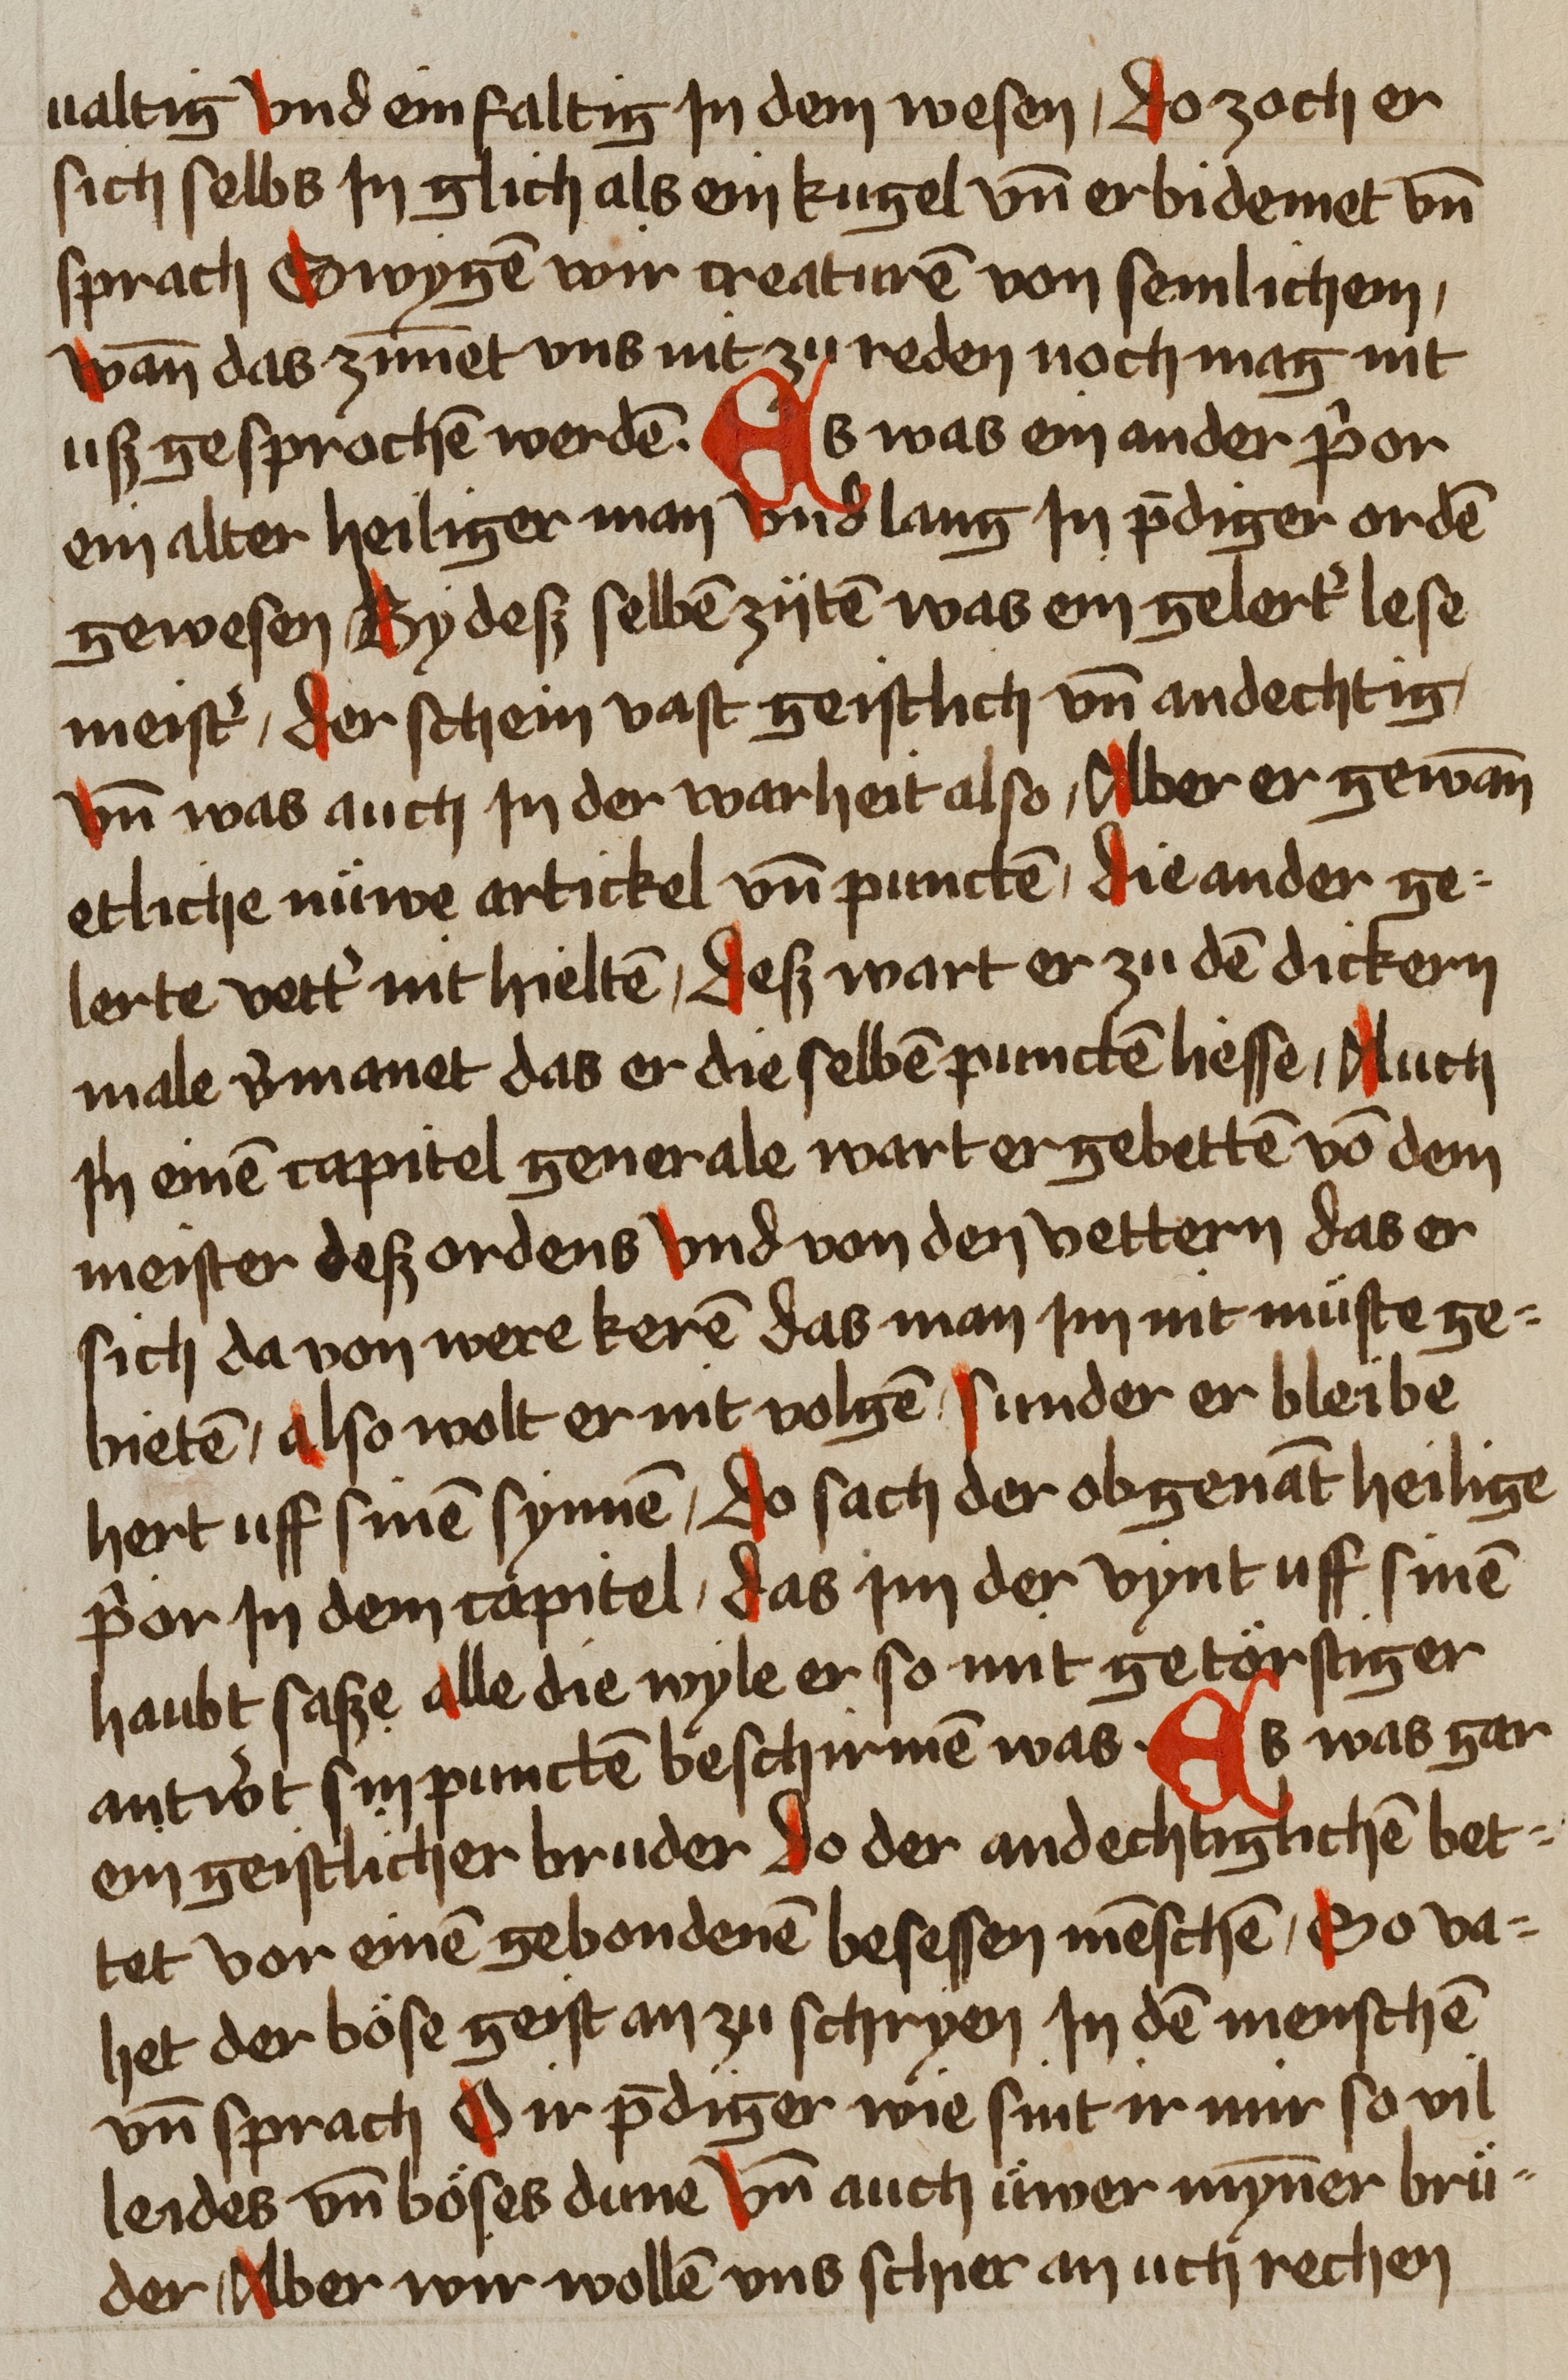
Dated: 1459–1489